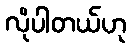
လိုပါတယ်ဟု